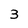
Character: 3